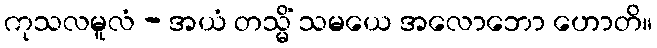
ကုသလမူလံ - အယံ တသ္မိံ သမယေ အလောဘော ဟောတိ။